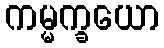
ကမ္မက္ခယော